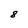
Character: 8